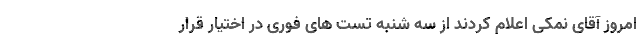
امروز آقای نمکی اعلام کردند از سه شنبه تست های فوری در اختیار قرار